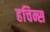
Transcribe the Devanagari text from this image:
हचिन्स